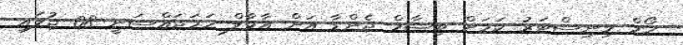
ހޯމް މިނިސްޓަރު ކަމަށް ބިޝާމް ޖެންޑާ އަށް އާމާލް ހަމަޖައްސަނީ 08 ޖުލައި